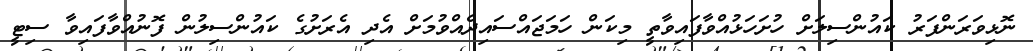
ނޮޅިވަރަންފަރު ކައުންސިލަށް ހުށަހަޅުއްވާފައިވާތީ މިކަން ހަމަޖައްސައިދެއްވުމަށް އެދި އެރަށުގެ ކައުންސިލުން ފޮނުއްވާފައިވާ ސިޓީ